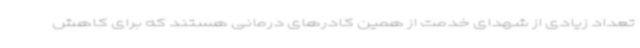
تعداد زیادی از شهدای خدمت از همین کادرهای درمانی هستند که برای کاهش